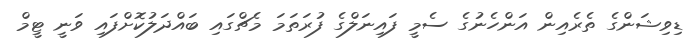
ޑިވިޝަންގެ ތެރެއިން އަންހެނުގެ ސެމީ ފައިނަލްގެ ފުރަތަމަ މެޗްގައި ބައްދަލުކޮށްފައި ވަނީ ޓީމް